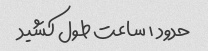
حدود ۱ ساعت طول کشید